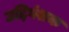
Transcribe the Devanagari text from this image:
उद्दिगंशक